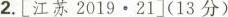
2.[江苏20192·21](13 分）